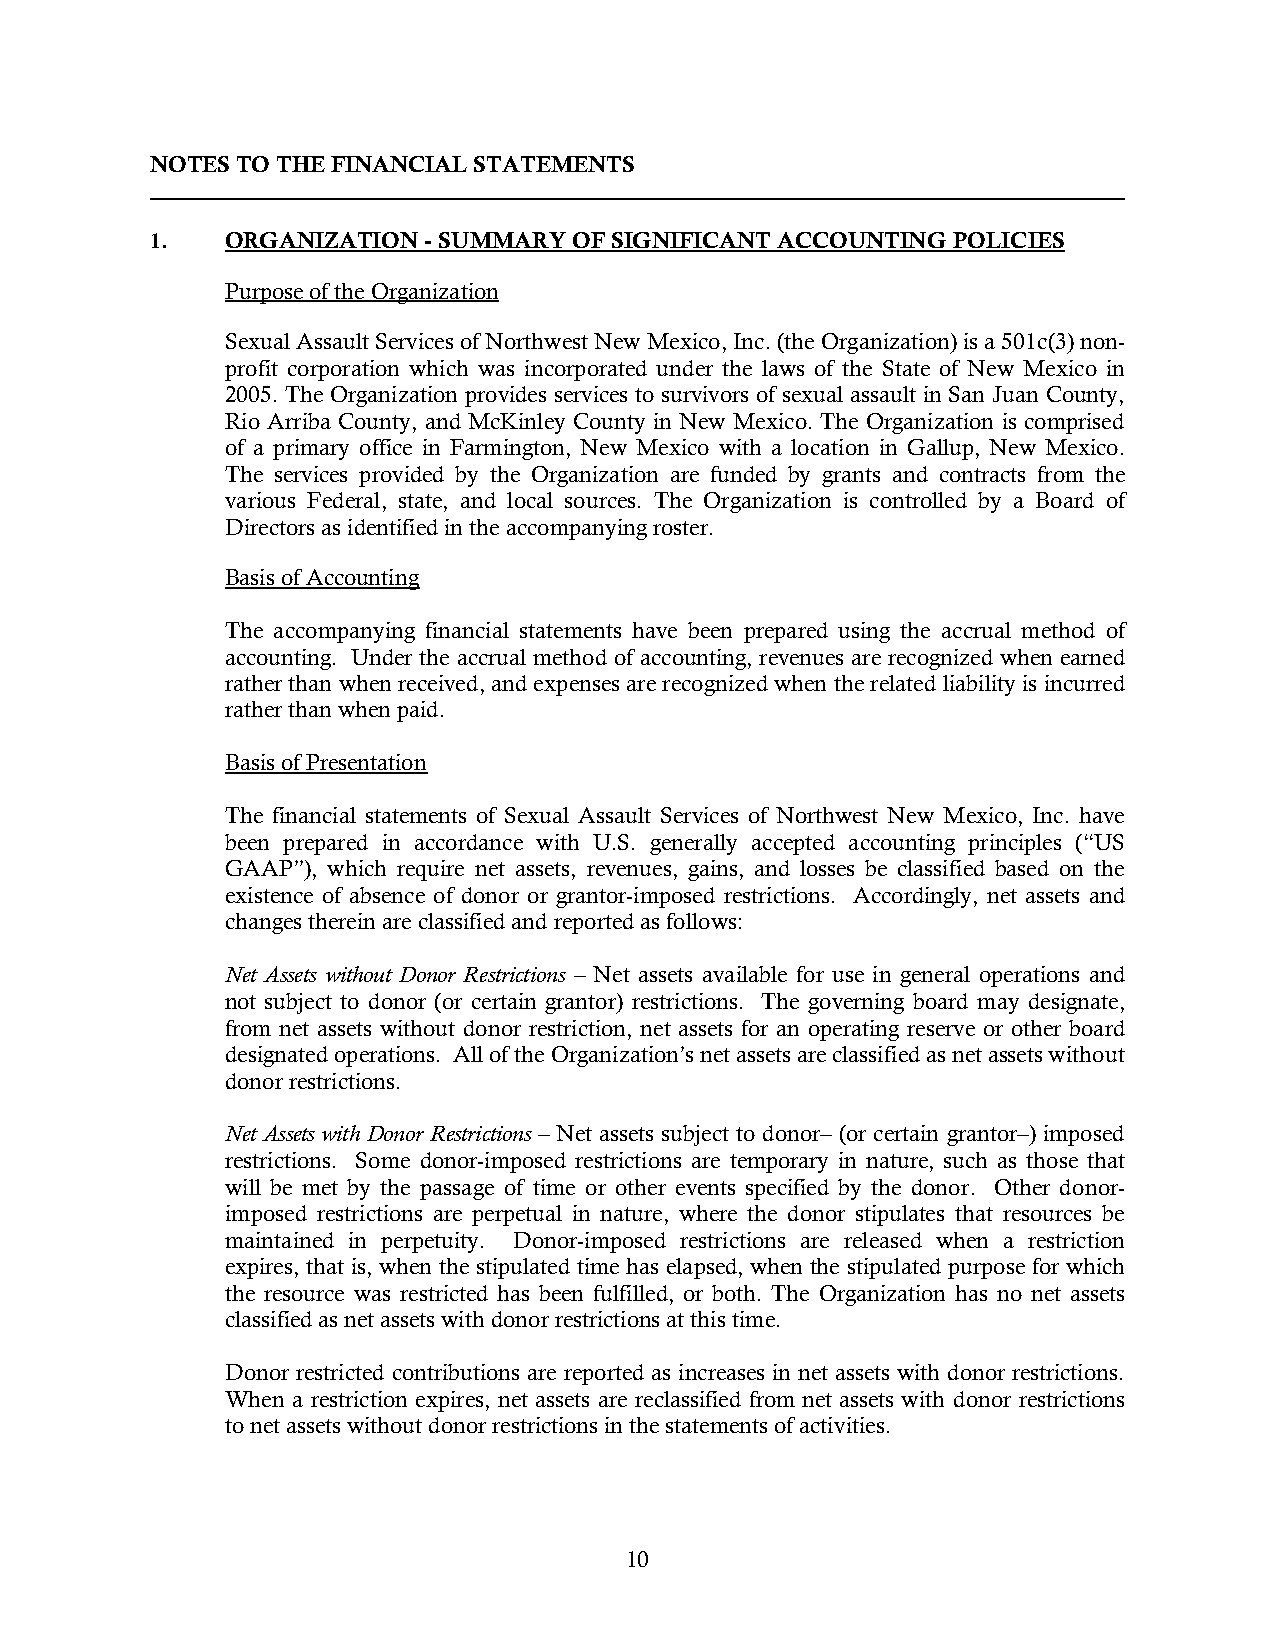
NOTES TO THE FINANCIAL STATEMENTS
 1.   ORGANIZATION - SUMMARY OF SIGNIFICANT ACCOUNTING POLICIES
 Purpose of the Organization
 Sexual Assault Services of Northwest New Mexico, Inc. (the Organization) is a 501c(3) non-
 profit corporation which was incorporated under the laws of the State of New Mexico in
 2005. The Organization provides services to survivors of sexual assault in San Juan County,
 Rio Arriba County, and McKinley County in New Mexico. The Organization is comprised
 of a primary office in Farmington, New Mexico with a location in Gallup, New Mexico.
 The services provided by the Organization are funded by grants and contracts from the
 various Federal, state, and local sources. The Organization is controlled by a Board of
 Directors as identified in the accompanying roster.
 Basis of Accounting
 The accompanying financial statements have been prepared using the accrual method of
 accounting. Under the accrual method of accounting, revenues are recognized when earned
 rather than when received, and expenses are recognized when the related liability is incurred
 rather than when paid.
 Basis of Presentation
 The financial statements of Sexual Assault Services of Northwest New Mexico, Inc. have
 been prepared in accordance with U.S. generally accepted accounting principles (“US
 GAAP”), which require net assets, revenues, gains, and losses be classified based on the
 existence of absence of donor or grantor-imposed restrictions. Accordingly, net assets and
 changes therein are classified and reported as follows:
 Net Assets without Donor Restrictions – Net assets available for use in general operations and
 not subject to donor (or certain grantor) restrictions. The governing board may designate,
 from net assets without donor restriction, net assets for an operating reserve or other board
 designated operations. All of the Organization’s net assets are classified as net assets without
 donor restrictions.
 Net Assets with Donor Restrictions – Net assets subject to donor– (or certain grantor–) imposed
 restrictions. Some donor-imposed restrictions are temporary in nature, such as those that
 will be met by the passage of time or other events specified by the donor. Other donor-
 imposed restrictions are perpetual in nature, where the donor stipulates that resources be
 maintained in perpetuity. Donor-imposed restrictions are released when a restriction
 expires, that is, when the stipulated time has elapsed, when the stipulated purpose for which
 the resource was restricted has been fulfilled, or both. The Organization has no net assets
 classified as net assets with donor restrictions at this time.
 Donor restricted contributions are reported as increases in net assets with donor restrictions.
 When a restriction expires, net assets are reclassified from net assets with donor restrictions
 to net assets without donor restrictions in the statements of activities.
 10